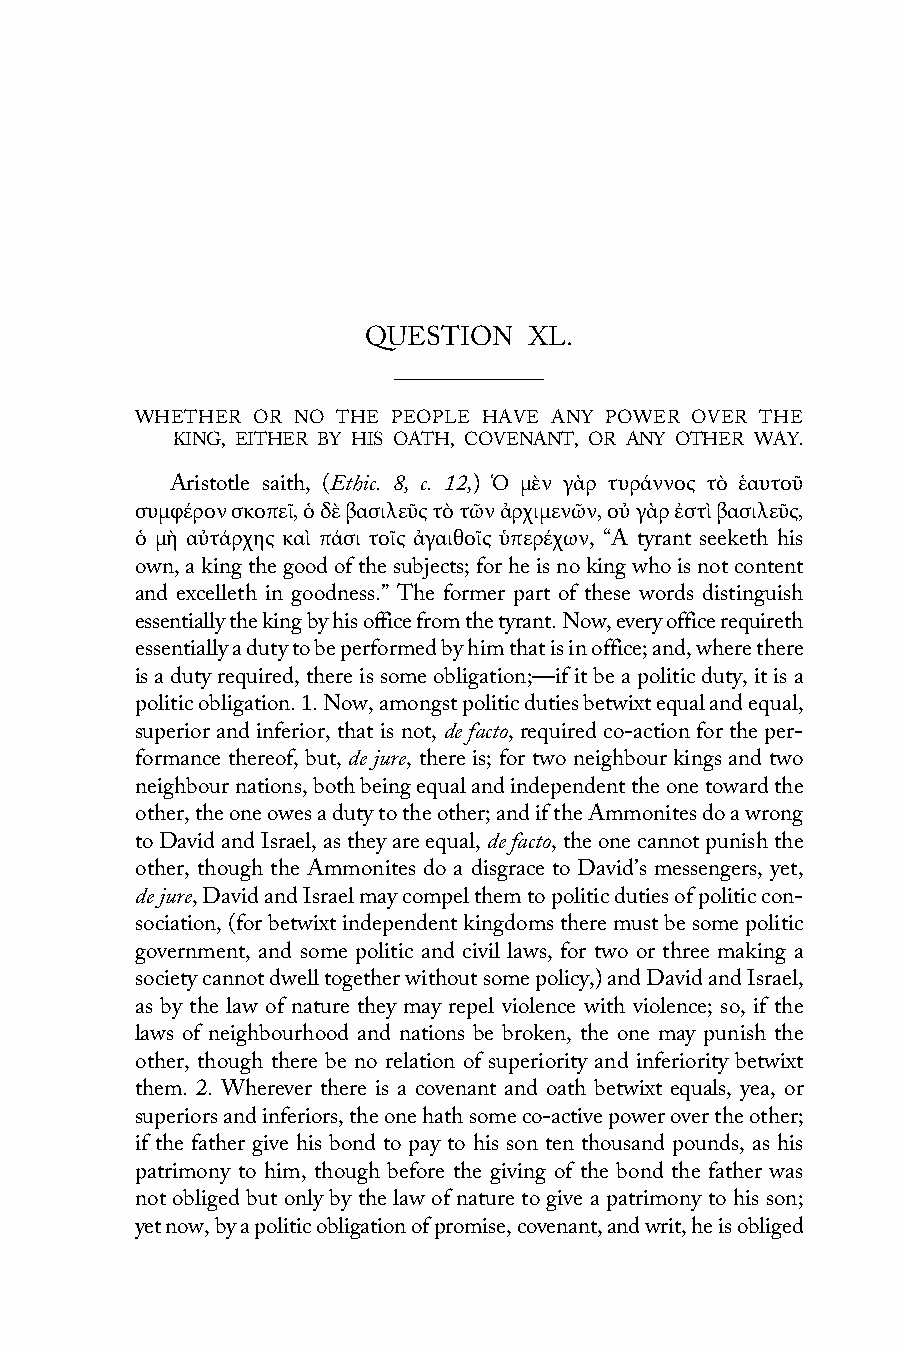
QUESTION   XL.
 WHETHER OR NO THE PEOPLE HAVE ANY POWER OVER THE
 KING, EITHER BY HIS OATH, COVENANT, OR ANY OTHER WAY.
 Aristotle saith, (Ethic. 8, c. 12,) Ὁ μὲν γὰρ τυράννος τὸ ἑαυτοῦ
 συμφέρον σκοπεῖ, ὁ δὲ βασιλεῦς τὸ τῶν ἀρχιμενῶν, οὐ γὰρ ἐστὶ βασιλεῦς,
 ὁ μὴ αὐτάρχης καὶ πάσι τοῖς ἀγαιθοῖς ὑπερέχων, “A tyrant seeketh his
 own, a king the good of the subjects; for he is no king who is not content
 and excelleth in goodness.” The former part of these words distinguish
 essentially the king by his office from the tyrant. Now, every office requireth
 essentially a duty to be performed by him that is in office; and, where there
 is a duty required, there is some obligation;—if it be a politic duty, it is a
 politic obligation. 1. Now, amongst politic duties betwixt equal and equal,
 superior and inferior, that is not, de facto, required co-action for the per-
 formance thereof, but, de jure, there is; for two neighbour kings and two
 neighbour nations, both being equal and independent the one toward the
 other, the one owes a duty to the other; and if the Ammonites do a wrong
 to David and Israel, as they are equal, de facto, the one cannot punish the
 other, though the Ammonites do a disgrace to David’s messengers, yet,
 de jure, David and Israel may compel them to politic duties of politic con-
 sociation, (for betwixt independent kingdoms there must be some politic
 government, and some politic and civil laws, for two or three making a
 society cannot dwell together without some policy,) and David and Israel,
 as by the law of nature they may repel violence with violence; so, if the
 laws of neighbourhood and nations be broken, the one may punish the
 other, though there be no relation of superiority and inferiority betwixt
 them. 2. Wherever there is a covenant and oath betwixt equals, yea, or
 superiors and inferiors, the one hath some co-active power over the other;
 if the father give his bond to pay to his son ten thousand pounds, as his
 patrimony to him, though before the giving of the bond the father was
 not obliged but only by the law of nature to give a patrimony to his son;
 yet now, by a politic obligation of promise, covenant, and writ, he is obliged